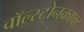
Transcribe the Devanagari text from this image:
वॉल्स्टोनक्राफ्ट